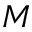
M